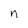
Character: n